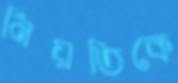
নিয়তিকে